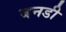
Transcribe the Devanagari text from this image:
बनडी